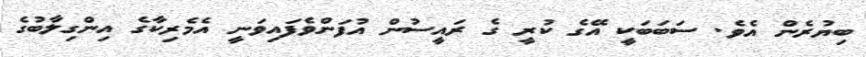
ބިޔުރެން އެވެ. ސަބަބަކީ އޭގެ ކުރީ ގެ ރައީސުން އުފަންވެފައިވަނީ އެމެރިކާގެ އިންގިލާބުގެ